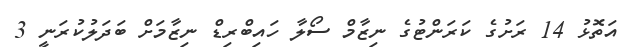
އަތޮޅު 14 ރަށުގެ ކަރަންޓުގެ ނިޒާމް ސޯލާ ހައިބްރިޑް ނިޒާމަށް ބަދަލުކުރަނީ 3